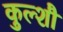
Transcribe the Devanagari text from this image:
कुल्शौ